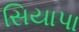
સિયાપા